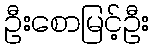
ဦးစောမြင့်ဦး